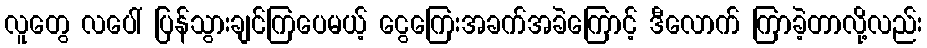
လူတွေ လပေါ် ပြန်သွားချင်ကြပေမယ့် ငွေကြေးအခက်အခဲကြောင့် ဒီလောက် ကြာခဲ့တာလို့လည်း